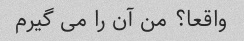
واقعا؟ من آن را می گیرم